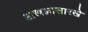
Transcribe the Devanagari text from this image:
शास्त्रज्ञासारखे